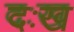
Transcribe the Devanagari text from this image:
दःख